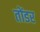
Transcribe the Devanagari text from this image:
तोंडर